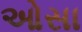
ઓસા